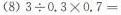
（8）$$3 \div 0 . 3 \times 0 . 7 =$$